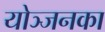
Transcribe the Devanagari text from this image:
योञ्जनका